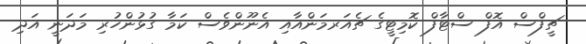
ޗީފްސް އޮފް ސްޓާފް ކޮމިޓީގެ ޗެއަރމަންއާއި އެނޫންވެސް ކަމާ ގުޅުންހުރި މަދަނީ އަދި